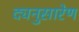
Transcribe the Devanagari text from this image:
द्यनुसारेण